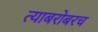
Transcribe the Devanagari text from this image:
त्‍याबरोबरच